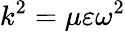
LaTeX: k^{2}=\mu\varepsilon\omega^{2}